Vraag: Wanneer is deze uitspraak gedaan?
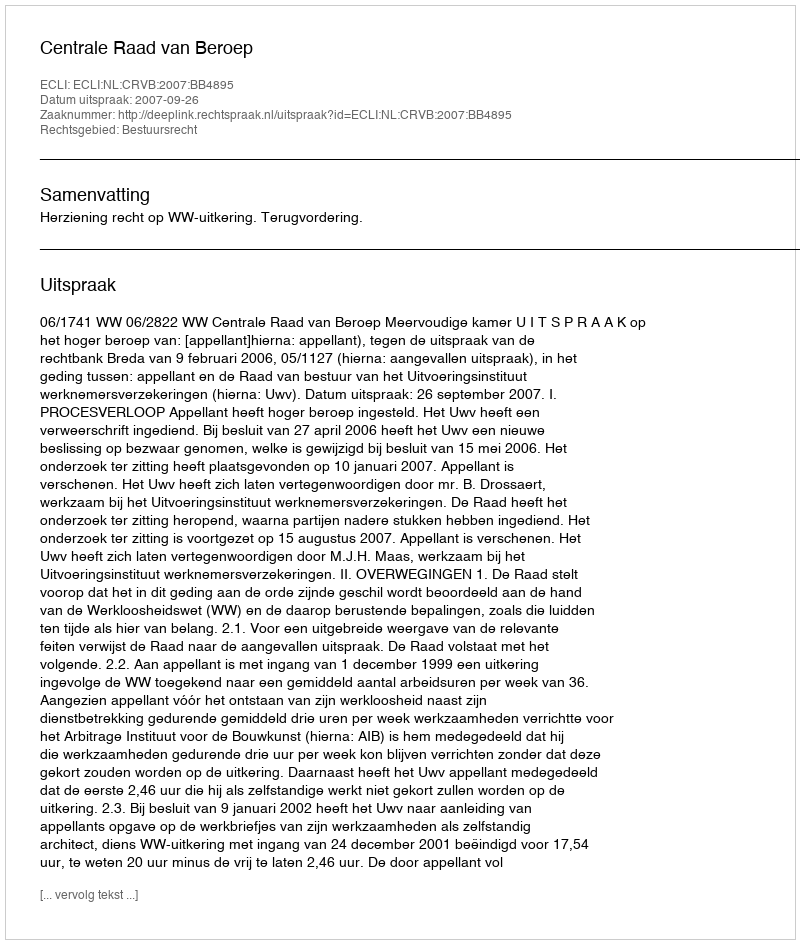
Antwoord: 2007-09-26